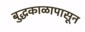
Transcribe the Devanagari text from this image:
बुद्धकाळापासून